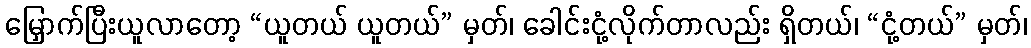
မြှောက်ပြီးယူလာတော့ “ယူတယ် ယူတယ်” မှတ်၊ ခေါင်းငုံ့လိုက်တာလည်း ရှိတယ်၊ “ငုံ့တယ်” မှတ်၊